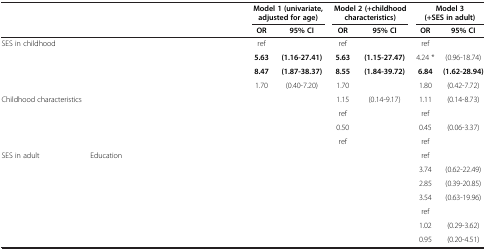
<table><thead><tr><td>[EMPTY_CELL]</td><td>[EMPTY_CELL]</td><td>[EMPTY_CELL]</td><td colspan="2"><b>Model 1 (univariate, adjusted for age)</b></td><td colspan="2"><b>Model 2 (+childhood characteristics)</b></td><td colspan="2"><b>Model 3 (+SES in adult)</b></td></tr><tr><td>[EMPTY_CELL]</td><td>[EMPTY_CELL]</td><td>[EMPTY_CELL]</td><td><b>OR</b></td><td><b>95% CI</b></td><td><b>OR</b></td><td><b>95% CI</b></td><td><b>OR</b></td><td><b>95% CI</b></td></tr></thead><tbody><tr><td>SES in childhood</td><td>[EMPTY_CELL]</td><td>[EMPTY_CELL]</td><td>ref</td><td>[EMPTY_CELL]</td><td>ref</td><td>[EMPTY_CELL]</td><td>ref</td><td>[EMPTY_CELL]</td></tr><tr><td>[EMPTY_CELL]</td><td>[EMPTY_CELL]</td><td>[EMPTY_CELL]</td><td><b>5.63</b></td><td><b>(1.16-27.41)</b></td><td><b>5.63</b></td><td><b>(1.15-27.47)</b></td><td>4.24 *</td><td>(0.96-18.74)</td></tr><tr><td>[EMPTY_CELL]</td><td>[EMPTY_CELL]</td><td>[EMPTY_CELL]</td><td><b>8.47</b></td><td><b>(1.87-38.37)</b></td><td><b>8.55</b></td><td><b>(1.84-39.72)</b></td><td><b>6.84</b></td><td><b>(1.62-28.94)</b></td></tr><tr><td>[EMPTY_CELL]</td><td>[EMPTY_CELL]</td><td>[EMPTY_CELL]</td><td>1.70</td><td>(0.40-7.20)</td><td>1.70</td><td>[EMPTY_CELL]</td><td>1.80</td><td>(0.42-7.72)</td></tr><tr><td>Childhood characteristics</td><td>[EMPTY_CELL]</td><td>[EMPTY_CELL]</td><td>[EMPTY_CELL]</td><td>[EMPTY_CELL]</td><td>1.15</td><td>(0.14-9.17)</td><td>1.11</td><td>(0.14-8.73)</td></tr><tr><td>[EMPTY_CELL]</td><td>[EMPTY_CELL]</td><td>[EMPTY_CELL]</td><td>[EMPTY_CELL]</td><td>[EMPTY_CELL]</td><td>ref</td><td>[EMPTY_CELL]</td><td>ref</td><td>[EMPTY_CELL]</td></tr><tr><td>[EMPTY_CELL]</td><td>[EMPTY_CELL]</td><td>[EMPTY_CELL]</td><td>[EMPTY_CELL]</td><td>[EMPTY_CELL]</td><td>0.50</td><td>[EMPTY_CELL]</td><td>0.45</td><td>(0.06-3.37)</td></tr><tr><td>[EMPTY_CELL]</td><td>[EMPTY_CELL]</td><td>[EMPTY_CELL]</td><td>[EMPTY_CELL]</td><td>[EMPTY_CELL]</td><td>ref</td><td>[EMPTY_CELL]</td><td>ref</td><td>[EMPTY_CELL]</td></tr><tr><td>SES in adult</td><td>Education</td><td>[EMPTY_CELL]</td><td>[EMPTY_CELL]</td><td>[EMPTY_CELL]</td><td>[EMPTY_CELL]</td><td>[EMPTY_CELL]</td><td>ref</td><td>[EMPTY_CELL]</td></tr><tr><td>[EMPTY_CELL]</td><td>[EMPTY_CELL]</td><td>[EMPTY_CELL]</td><td>[EMPTY_CELL]</td><td>[EMPTY_CELL]</td><td>[EMPTY_CELL]</td><td>[EMPTY_CELL]</td><td>3.74</td><td>(0.62-22.49)</td></tr><tr><td>[EMPTY_CELL]</td><td>[EMPTY_CELL]</td><td>[EMPTY_CELL]</td><td>[EMPTY_CELL]</td><td>[EMPTY_CELL]</td><td>[EMPTY_CELL]</td><td>[EMPTY_CELL]</td><td>2.85</td><td>(0.39-20.85)</td></tr><tr><td>[EMPTY_CELL]</td><td>[EMPTY_CELL]</td><td>[EMPTY_CELL]</td><td>[EMPTY_CELL]</td><td>[EMPTY_CELL]</td><td>[EMPTY_CELL]</td><td>[EMPTY_CELL]</td><td>3.54</td><td>(0.63-19.96)</td></tr><tr><td>[EMPTY_CELL]</td><td>[EMPTY_CELL]</td><td>[EMPTY_CELL]</td><td>[EMPTY_CELL]</td><td>[EMPTY_CELL]</td><td>[EMPTY_CELL]</td><td>[EMPTY_CELL]</td><td>ref</td><td>[EMPTY_CELL]</td></tr><tr><td>[EMPTY_CELL]</td><td>[EMPTY_CELL]</td><td>[EMPTY_CELL]</td><td>[EMPTY_CELL]</td><td>[EMPTY_CELL]</td><td>[EMPTY_CELL]</td><td>[EMPTY_CELL]</td><td>1.02</td><td>(0.29-3.62)</td></tr><tr><td>[EMPTY_CELL]</td><td>[EMPTY_CELL]</td><td>[EMPTY_CELL]</td><td>[EMPTY_CELL]</td><td>[EMPTY_CELL]</td><td>[EMPTY_CELL]</td><td>[EMPTY_CELL]</td><td>0.95</td><td>(0.20-4.51)</td></tr></tbody></table>